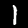
Label: 1